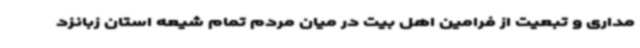
مداری و تبعیت از فرامین اهل بیت در میان مردم تمام شیعه استان زبانزد